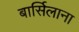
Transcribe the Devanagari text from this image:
बार्सिलाना